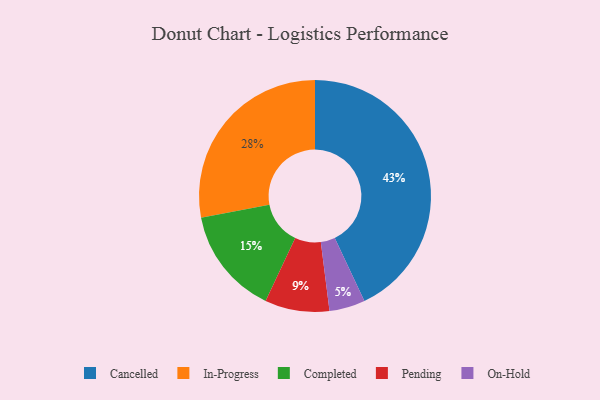
{"axis": {"x": "Category", "y": "Percentage"}, "legend": ["Cancelled", "Completed", "In-Progress", "On-Hold", "Pending"], "data": [{"x": "Pending", "y": 9, "type": "Pending"}, {"x": "On-Hold", "y": 5, "type": "On-Hold"}, {"x": "Completed", "y": 15, "type": "Completed"}, {"x": "In-Progress", "y": 28, "type": "In-Progress"}, {"x": "Cancelled", "y": 43, "type": "Cancelled"}]}